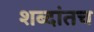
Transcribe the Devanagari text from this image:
शब्दांतच